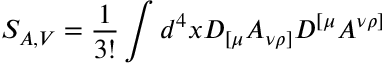
S _ { A , V } = \frac { 1 } { 3 ! } \int d ^ { 4 } x D _ { [ \mu } A _ { \nu \rho ] } D ^ { [ \mu } A ^ { \nu \rho ] }